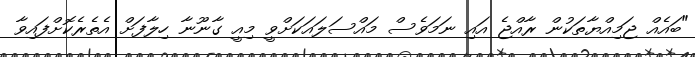
"ބައެއް ޖަމިއްޔާތަކުން ރާއްޖެ އައި ނަމަވެސް މައްސަލައަކަށްވީ މިއީ ގާނޫނާ ހިލާފަށް އެތެރެކޮށްފައިވާ